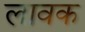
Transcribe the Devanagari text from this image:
लावक